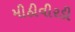
મીઠીવીરડી